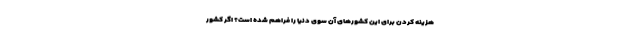
هزینه کردن برای این کشورهای آن سوی دنیا را فراهم شده است؟ اگر کشور